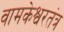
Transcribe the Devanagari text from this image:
वामकेश्वरतंत्र